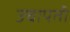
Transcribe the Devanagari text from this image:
उचापती